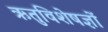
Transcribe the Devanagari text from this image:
ऋतुविशेषज्ञों